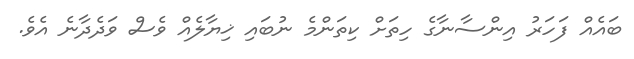
ބައެއް ފަހަރު އިންސާނާގެ ހިތަށް ކިތަންމެ ނުބައި ޚިޔާލެއް ވެސް ވަދެދާނެ އެވެ.